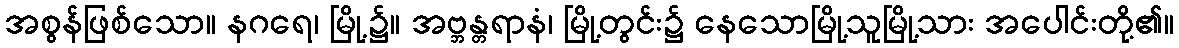
အစွန်ဖြစ်သော။ နဂရေ၊ မြို့၌။ အဗ္ဘန္တရာနံ၊ မြို့တွင်း၌ နေသောမြို့သူမြို့သား အပေါင်းတို့၏။